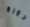
دورة